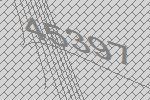
45397